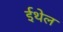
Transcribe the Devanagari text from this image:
ईथेल